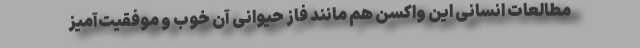
مطالعات انسانی این واکسن هم مانند فاز حیوانی آن خوب و موفقیت‌آمیز